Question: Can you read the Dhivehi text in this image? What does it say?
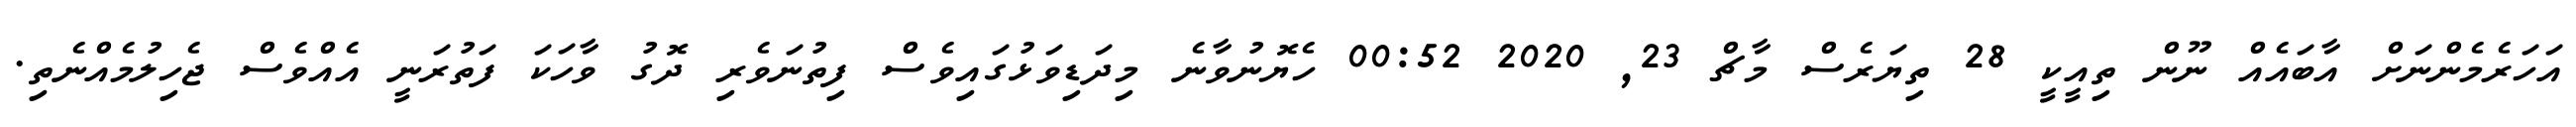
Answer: އަހަރެމެންނަށް އާބައެއް ނޫން ތިއީކީ 28 ތިޔަރެސް މާޗް 23, 2020 00:52 ހެޔޮނުވާނެ މިދަޑިވަޅުގައިވެސް ފިތުނަވެރި ދޮގު ވާހަކަ ފަތުރަނީ އެއްވެސް ޖެހިލުމެއްނެތި.